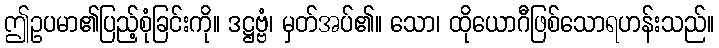
ဤဥပမာ၏ပြည့်စုံခြင်းကို။ ဒဋ္ဌဗ္ဗံ၊ မှတ်အပ်၏။ သော၊ ထိုယောဂီဖြစ်သောရဟန်းသည်။